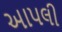
આપલી